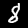
Label: 8